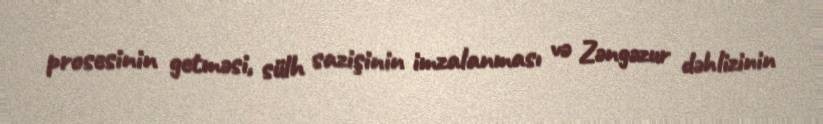
prosesinin getməsi, sülh sazişinin imzalanması və Zəngəzur dəhlizinin